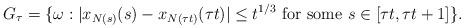
LaTeX: \begin{align*}G_\tau=\{\omega: |x_{N(s)}(s)-x_{N(\tau t)}(\tau t)|\leq t^{1/3}\textrm{ for some }s\in[\tau t,\tau t+1]\}.\end{align*}